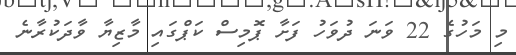
މި މަހުގެ 22 ވަނަ ދުވަހު ފަށާ ޕޮމިސް ކަޕްގައި މާޒިޔާ ވާދަކުރާނެ